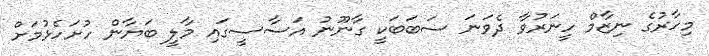
މިހާރުގެ ނިޒާމް ހީނަރުވާ ދެވަނަ ސަބަބަކީ ގާނޫނު އަސާސީގައި މާލީ ބަޔާން ހުށަހެޅުމަށް